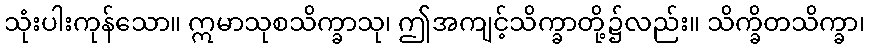
သုံးပါးကုန်သော။ ဣမာသုစသိက္ခာသု၊ ဤအကျင့်သိက္ခာတို့၌လည်း။ သိက္ခိတသိက္ခာ၊